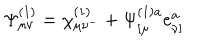
\Psi _ { \mu \nu } ^ { ( 1 ) } = \chi _ { \mu \nu ^ { - } } ^ { ( 1 ) } + \Psi _ { [ \mu } ^ { ( 1 ) a } e _ { \nu ] } ^ { a }